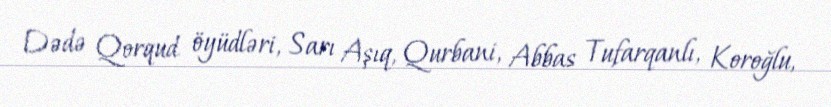
Dədə Qorqud öyüdləri, Sarı Aşıq, Qurbani, Abbas Tufarqanlı, Koroğlu,